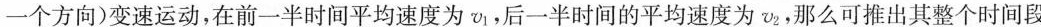
一个方向)变速运动，在前一半时间平均速度为v_{1}，后一半时间的平均速度为v_{2}，那么可推出其整个时间段